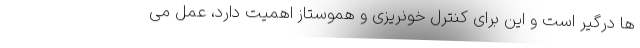
ها درگیر است و این برای کنترل خونریزی و هموستاز اهمیت دارد، عمل می